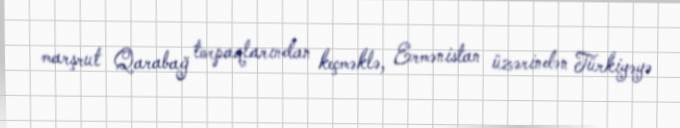
marşrut Qarabağ torpaqlarından keçməklə, Ermənistan üzərindən Türkiyəyə